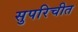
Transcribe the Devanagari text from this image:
सुपरिचीत